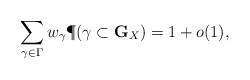
\begin{align*}\sum_{\gamma \in \Gamma} w_\gamma \P( \gamma \subset {\mathbf G}_X ) = 1 + o(1),\end{align*}